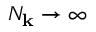
N _ { \mathbf { k } } \rightarrow \infty